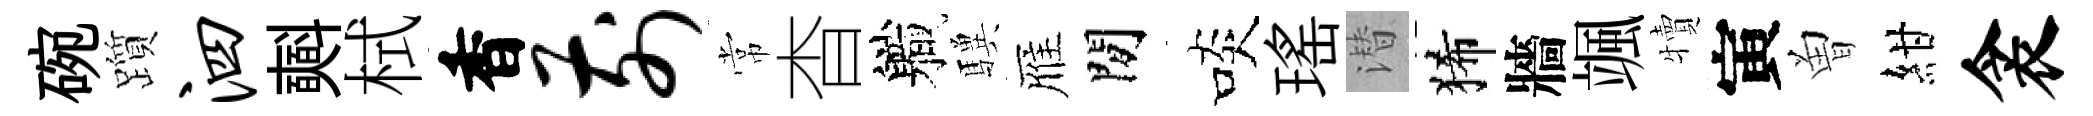
碗躓泗𣂏栻香前常杳軄驥雁閒啖瑤潜狶牆颯犢寅曽紺衾